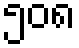
၅၀၈